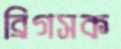
ব্রিগসক